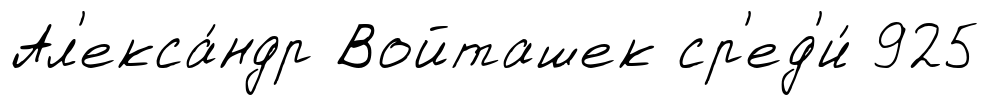
Ал'екса́ндр Войташек ср'ед'и́ 925